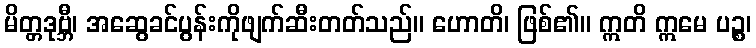
မိတ္တဒုဗ္ဘီ၊ အဆွေခင်ပွန်းကိုဖျက်ဆီးတတ်သည်။ ဟောတိ၊ ဖြစ်၏။ ဣတိ ဣမေ ပဉ္စ၊